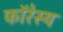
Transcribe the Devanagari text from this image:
फॉरेस्य